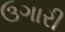
ઉગારી